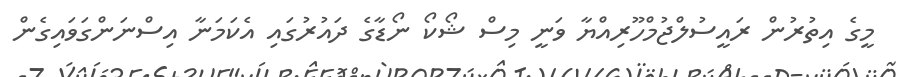
މީގެ އިތުރުން ރައީސުލްޖުމްހޫރިއްޔާ ވަނީ މިސް ޝޯކޯ ނޯޑާގެ ދައުރުގައި އެކަމަނާ އިސްނަންގަވައިގެން